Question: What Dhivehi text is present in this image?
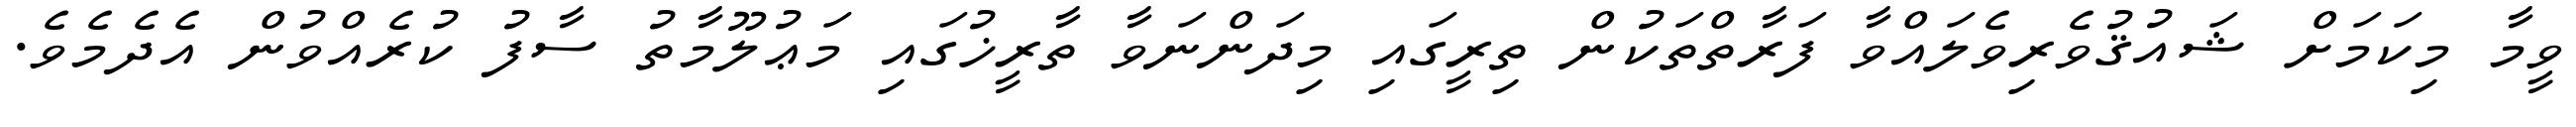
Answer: ވީމާ މިކަމަށް ޝައުޤުވެރިވެލައްވާ ފަރާތްތަކުން ތިރީގައި މިދަންނަވާ ތާރީޚުގައި މަޢުލޫމާތު ސާފު ކުރެއްވުން އެދެމެވެ.